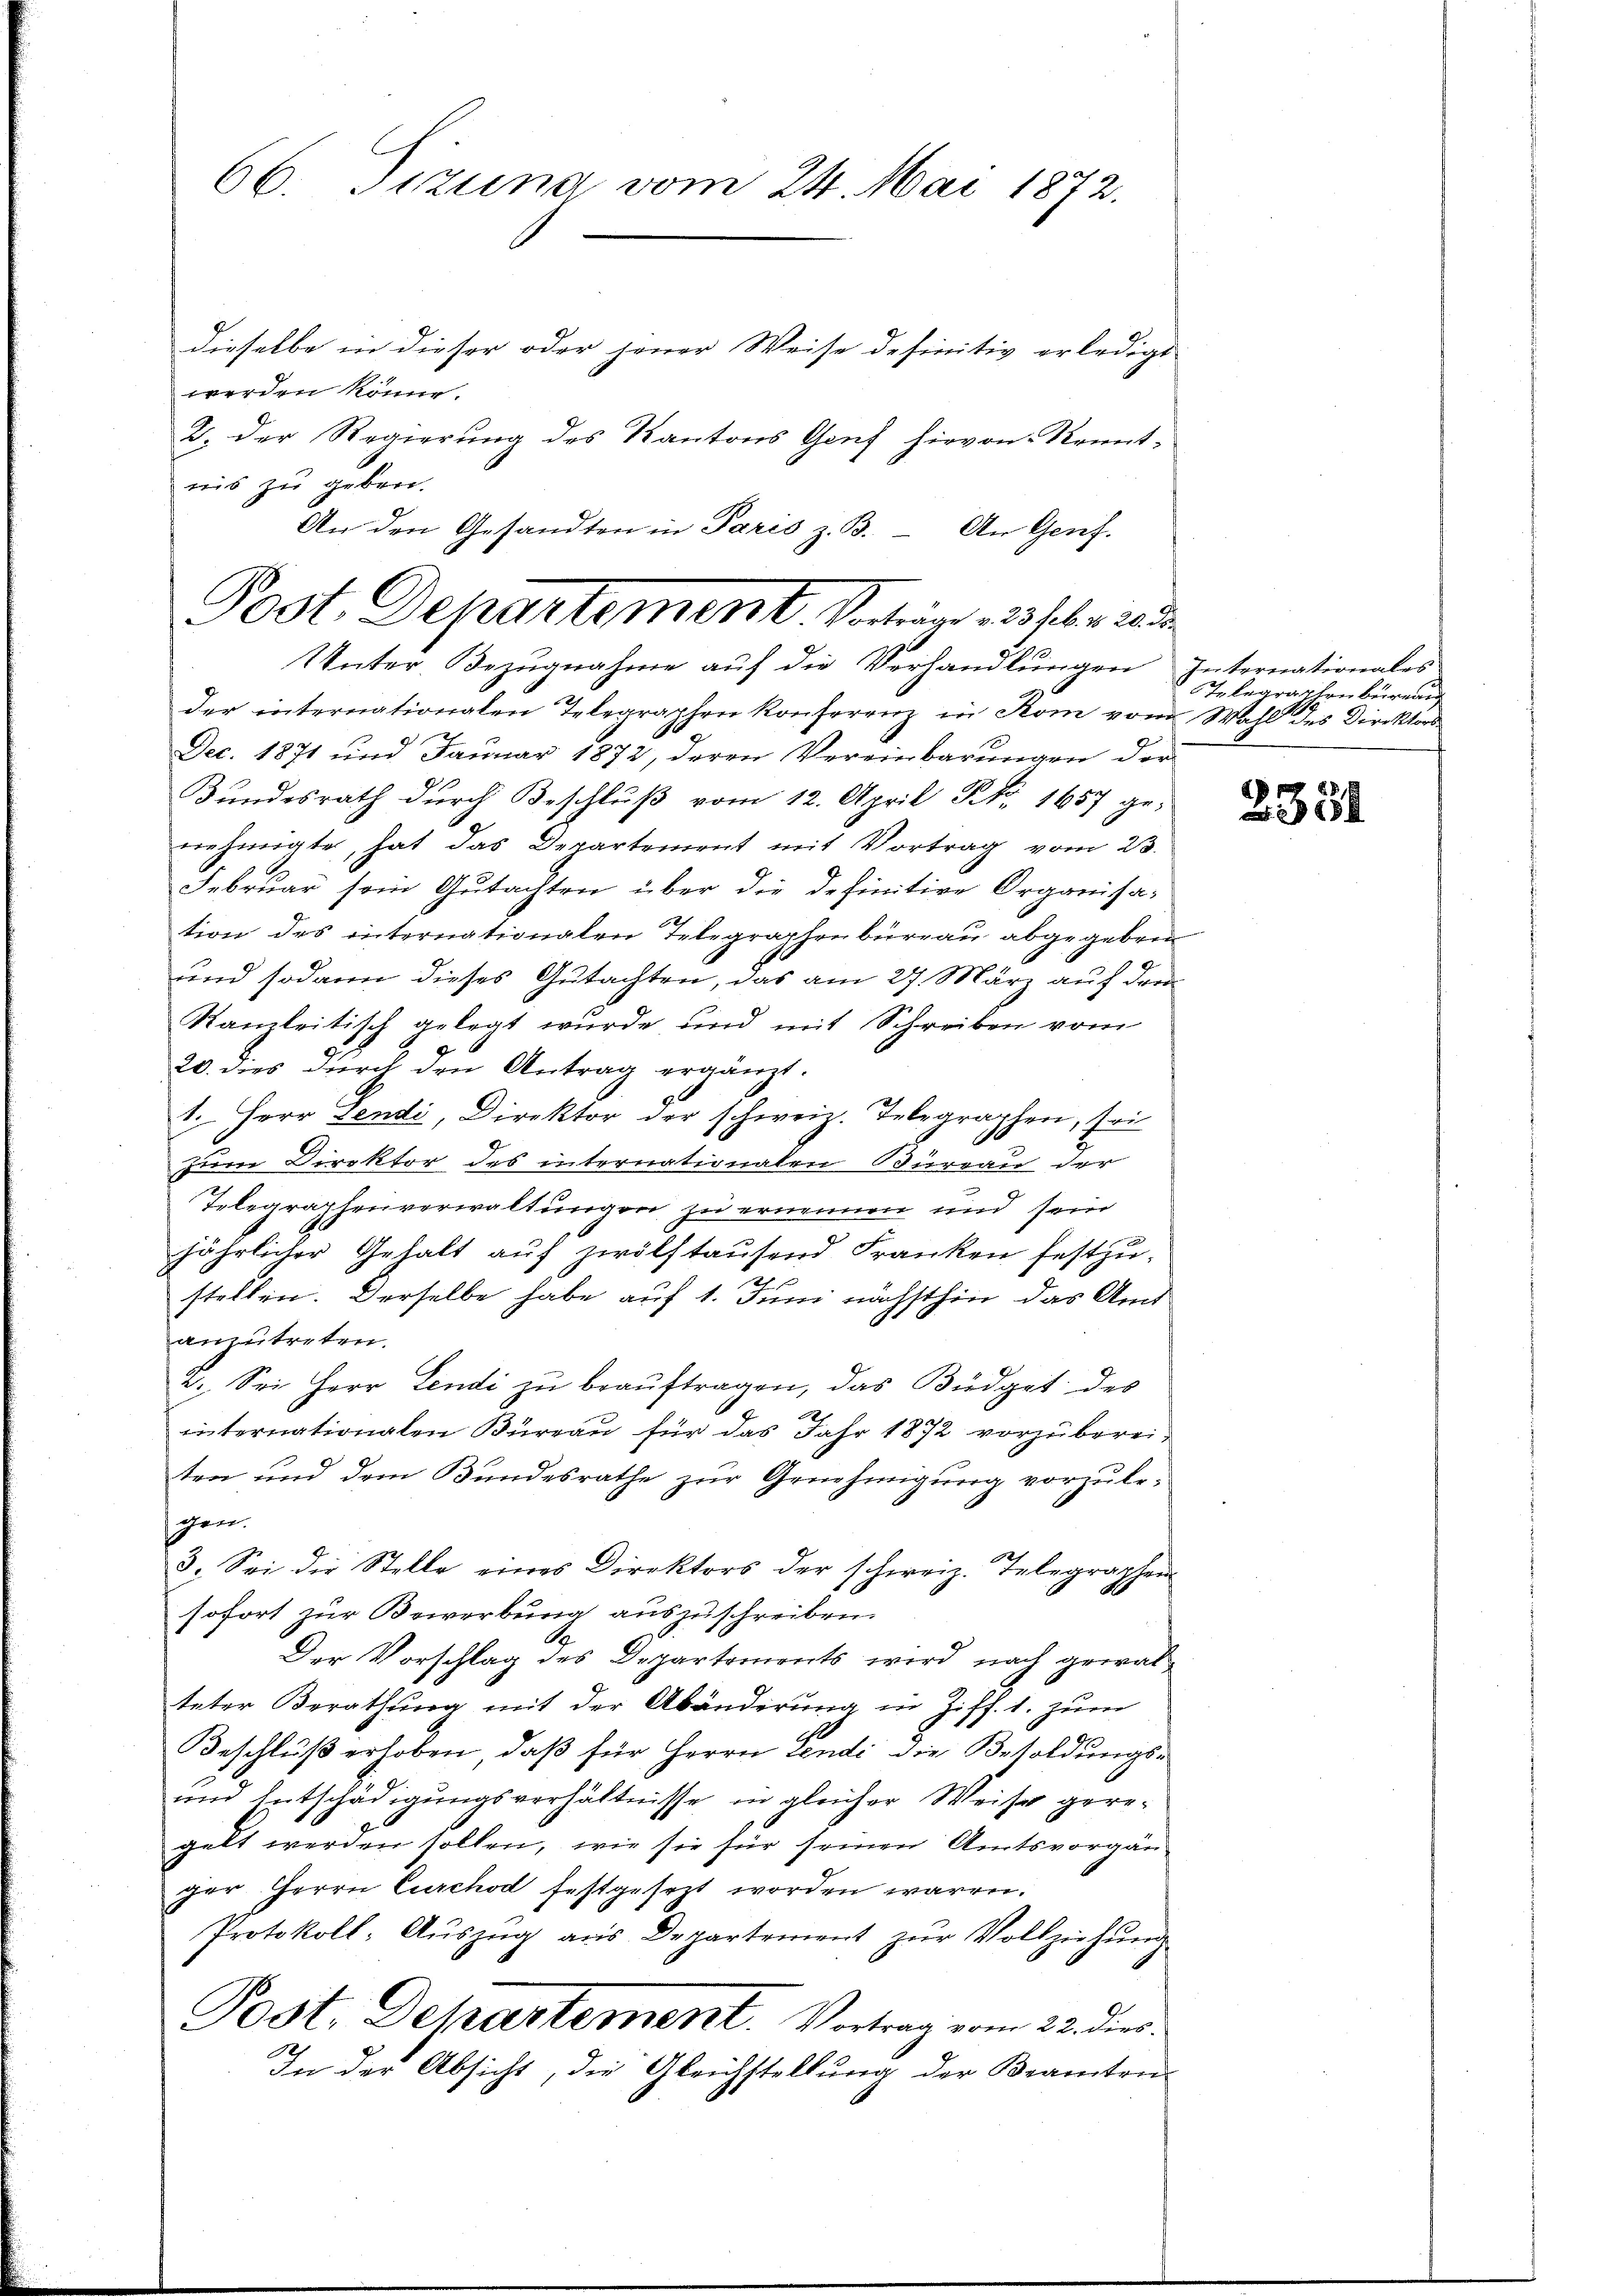
66. Tizung vom 24. Mai 1872.

dieselbe in dieser oder jener Weise definitiv erledigt
werden könne.
2. Der Regierung des Kantons Genz hievon Kennt-
nis zu geben.
An den Gesandten in Paris z. B. - An Genf.
Post. Departement. Schträgt 233 haber aus

Unter Bezugnahme auf die Verhandlungen

der internationalen Telegraphen Konferenz in Rom vom Wahl des Direktors¬
Dec. 1871 und Januar 1872, deren Vereinbarŭngen der
Bundesrath durch Beschluß vom 12. April N. 1657 ge-
nehmigte, hat das Departement mit Vortrag vom 23.
Februar sein Gutachten über die definitive Organisa-
tion des internationalen Telegraphenbureau abgegeben
und sodann dieses Gutachten, das am 27. März auf dem
Kanzleitisch gelegt wurde und mit Schreiben vom
20. dies durch den Antrag ergänzt.
1. Herr Lendi, Direktor der schweiz. Telegraphen, sei
zum Direktor des internationalen Bureau der
Telegraphenverwaltungen zu ernennen und sein
jährlicher Gehalt auf zwölftausend Franken festzustellen. Derselbe habe auf 1. Juni nächsthin das Amt
anzutreten.
2. Sei Herr Lendi zu beaŭftragen, das Büdget des
internationalen Büreau für das Jahr 1872 vorzubereiten und dem Bundesrathe zur Genehmigung vorzule-
gern.
3. Sei die Stelle eines Direktors der schweiz. Telegraphen
sofort zur Bewerbung auszuschreiben.
Der Vorschlag des Departements wird nach gewalteter Berathung mit der Abänderŭng in Ziff. 1. zum
Beschluß erhoben, daß für Herrn Lendi die Besoldungs¬
und Entschädigungsverhältnisse in gleicher Weise geregelt werden sollen, wie sie für seinen Amtsvorgän¬
Der Herrn Curchod festgesezt worden waren.
Protokoll- Aŭszŭg aŭs Departement zŭr Vollziehŭng
Post. Departement. Vortrag vom 22. dies
1
In der Absicht, die Gleichstellung der Beamten

Internationales
telegraphenbüreau

2381